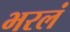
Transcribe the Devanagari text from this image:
भरलं